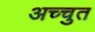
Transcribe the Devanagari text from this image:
अच्चुत